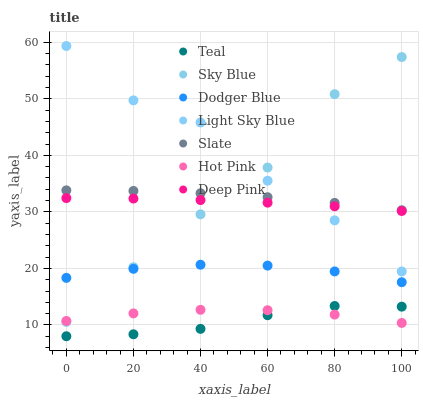
| xaxis_label | Teal | Sky Blue | Dodger Blue | Light Sky Blue | Slate | Hot Pink | Deep Pink |
 | --- | --- | --- | --- | --- | --- | --- | --- |
 | 0 | 8 | 10.5 | 18.3 | 59.4 | 33.8 | 10.7 | 32.4 |
 | 20 | 8.35 | 20.2 | 19.9 | 49.7 | 33.7 | 12 | 32.4 |
 | 40 | 9.31 | 29.6 | 20.7 | 45.8 | 33.3 | 12.7 | 32.1 |
 | 60 | 11.7 | 37.8 | 20.5 | 35.5 | 32.6 | 12.6 | 31.6 |
 | 80 | 13.4 | 50.8 | 19.5 | 28.5 | 31.6 | 11.8 | 31 |
 | 100 | 13.2 | 57.4 | 17.6 | 19.5 | 30.3 | 10.4 | 30.2 |